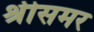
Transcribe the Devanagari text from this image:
श्रीसमर